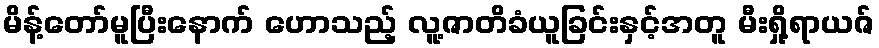
မိန့်တော်မူပြီးနောက် ဟောသည့် လူ့ဇာတိခံယူခြင်းနှင့်အတူ မီးရှို့ရာယဇ်